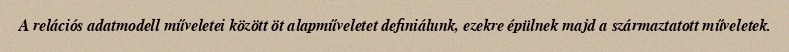
A relációs adatmodell műveletei között öt alapműveletet definiálunk, ezekre épülnek majd a származtatott műveletek.